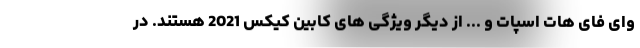
وای فای هات اسپات و ... از دیگر ویژگی های کابین کیکس 2021 هستند. در